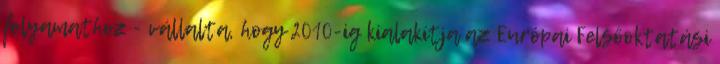
folyamathoz - vállalta, hogy 2010-ig kialakítja az Európai Felsőoktatási